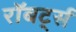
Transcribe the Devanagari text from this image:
रॉबर्ट्‍स